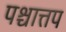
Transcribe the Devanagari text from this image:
पश्चात्तप